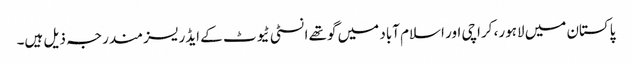
پاکستان میں لاہور، کراچی اور اسلام آباد میں گوتھے انسٹی ٹیوٹ کے ایڈریسز مندرجہ ذیل ہیں۔